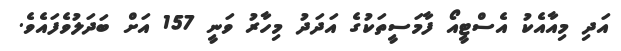
އަދި މިއާއެކު އެސްޓީއޯ ފާމަސީތަކުގެ އަދަދު މިހާރު ވަނީ 157 އަށް ބަދަލުވެފައެވެ.